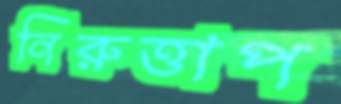
নিরুত্তাপ